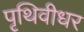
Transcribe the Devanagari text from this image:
पृथिवीधर